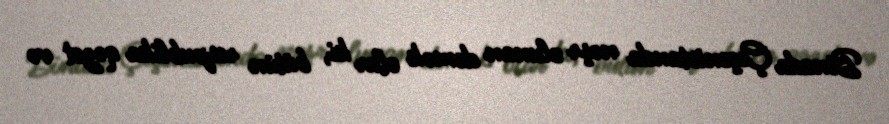
Binada Çeçenistanda nəşr olunan demək olar ki, bütün respublika qəzet və